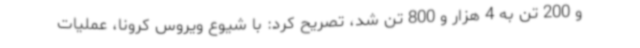
و 200 تن به 4 هزار و 800 تن شد، تصریح کرد: با شیوع ویروس کرونا، عملیات